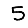
Digit: 5